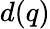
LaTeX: d(q)